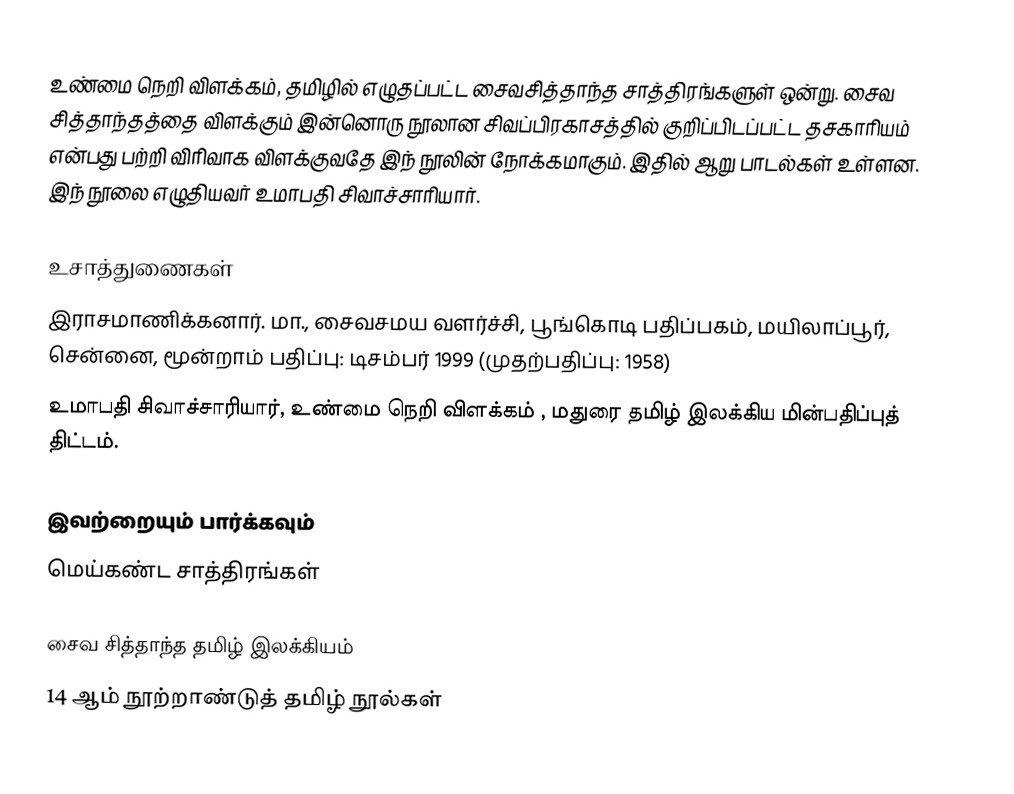
உண்மை நெறி விளக்கம், தமிழில் எழுதப்பட்ட சைவசித்தாந்த சாத்திரங்களுள் ஒன்று. சைவ சித்தாந்தத்தை விளக்கும் இன்னொரு நூலான சிவப்பிரகாசத்தில் குறிப்பிடப்பட்ட தசகாரியம் என்பது பற்றி விரிவாக விளக்குவதே இந் நூலின் நோக்கமாகும். இதில் ஆறு பாடல்கள் உள்ளன. இந் நூலை எழுதியவர் உமாபதி சிவாச்சாரியார்.

உசாத்துணைகள்
 இராசமாணிக்கனார். மா., சைவசமய வளர்ச்சி, பூங்கொடி பதிப்பகம், மயிலாப்பூர், சென்னை, மூன்றாம் பதிப்பு: டிசம்பர் 1999 (முதற்பதிப்பு: 1958)
 உமாபதி சிவாச்சாரியார், உண்மை நெறி விளக்கம் , மதுரை தமிழ் இலக்கிய மின்பதிப்புத் திட்டம்.

இவற்றையும் பார்க்கவும்
 மெய்கண்ட சாத்திரங்கள்

சைவ சித்தாந்த தமிழ் இலக்கியம்
14 ஆம் நூற்றாண்டுத் தமிழ் நூல்கள்